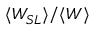
{ \langle W _ { S L } \rangle } / { \langle W \rangle }